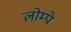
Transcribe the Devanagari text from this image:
लोम्पे